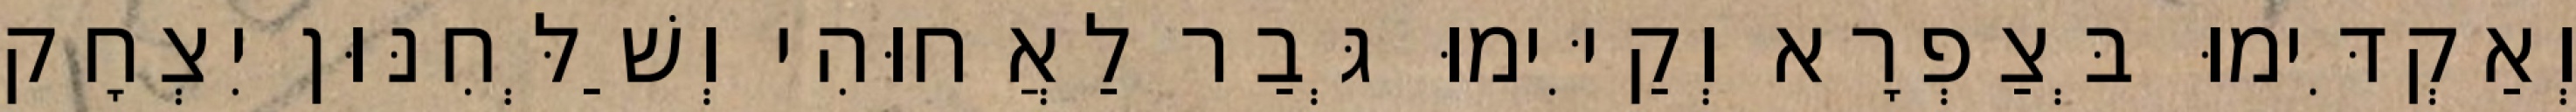
וְאַקְדִּימוּ בְּצַפְרָא וְקַיִּימוּ גְּבַר לַאֲחוּהִי וְשַׁלְּחִנּוּן יִצְחָק